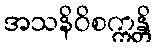
အသနိဝိစက္ကန္တိ